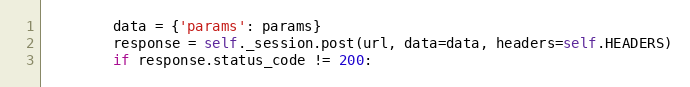
Language: Python
        data = {'params': params}
        response = self._session.post(url, data=data, headers=self.HEADERS)
        if response.status_code != 200: